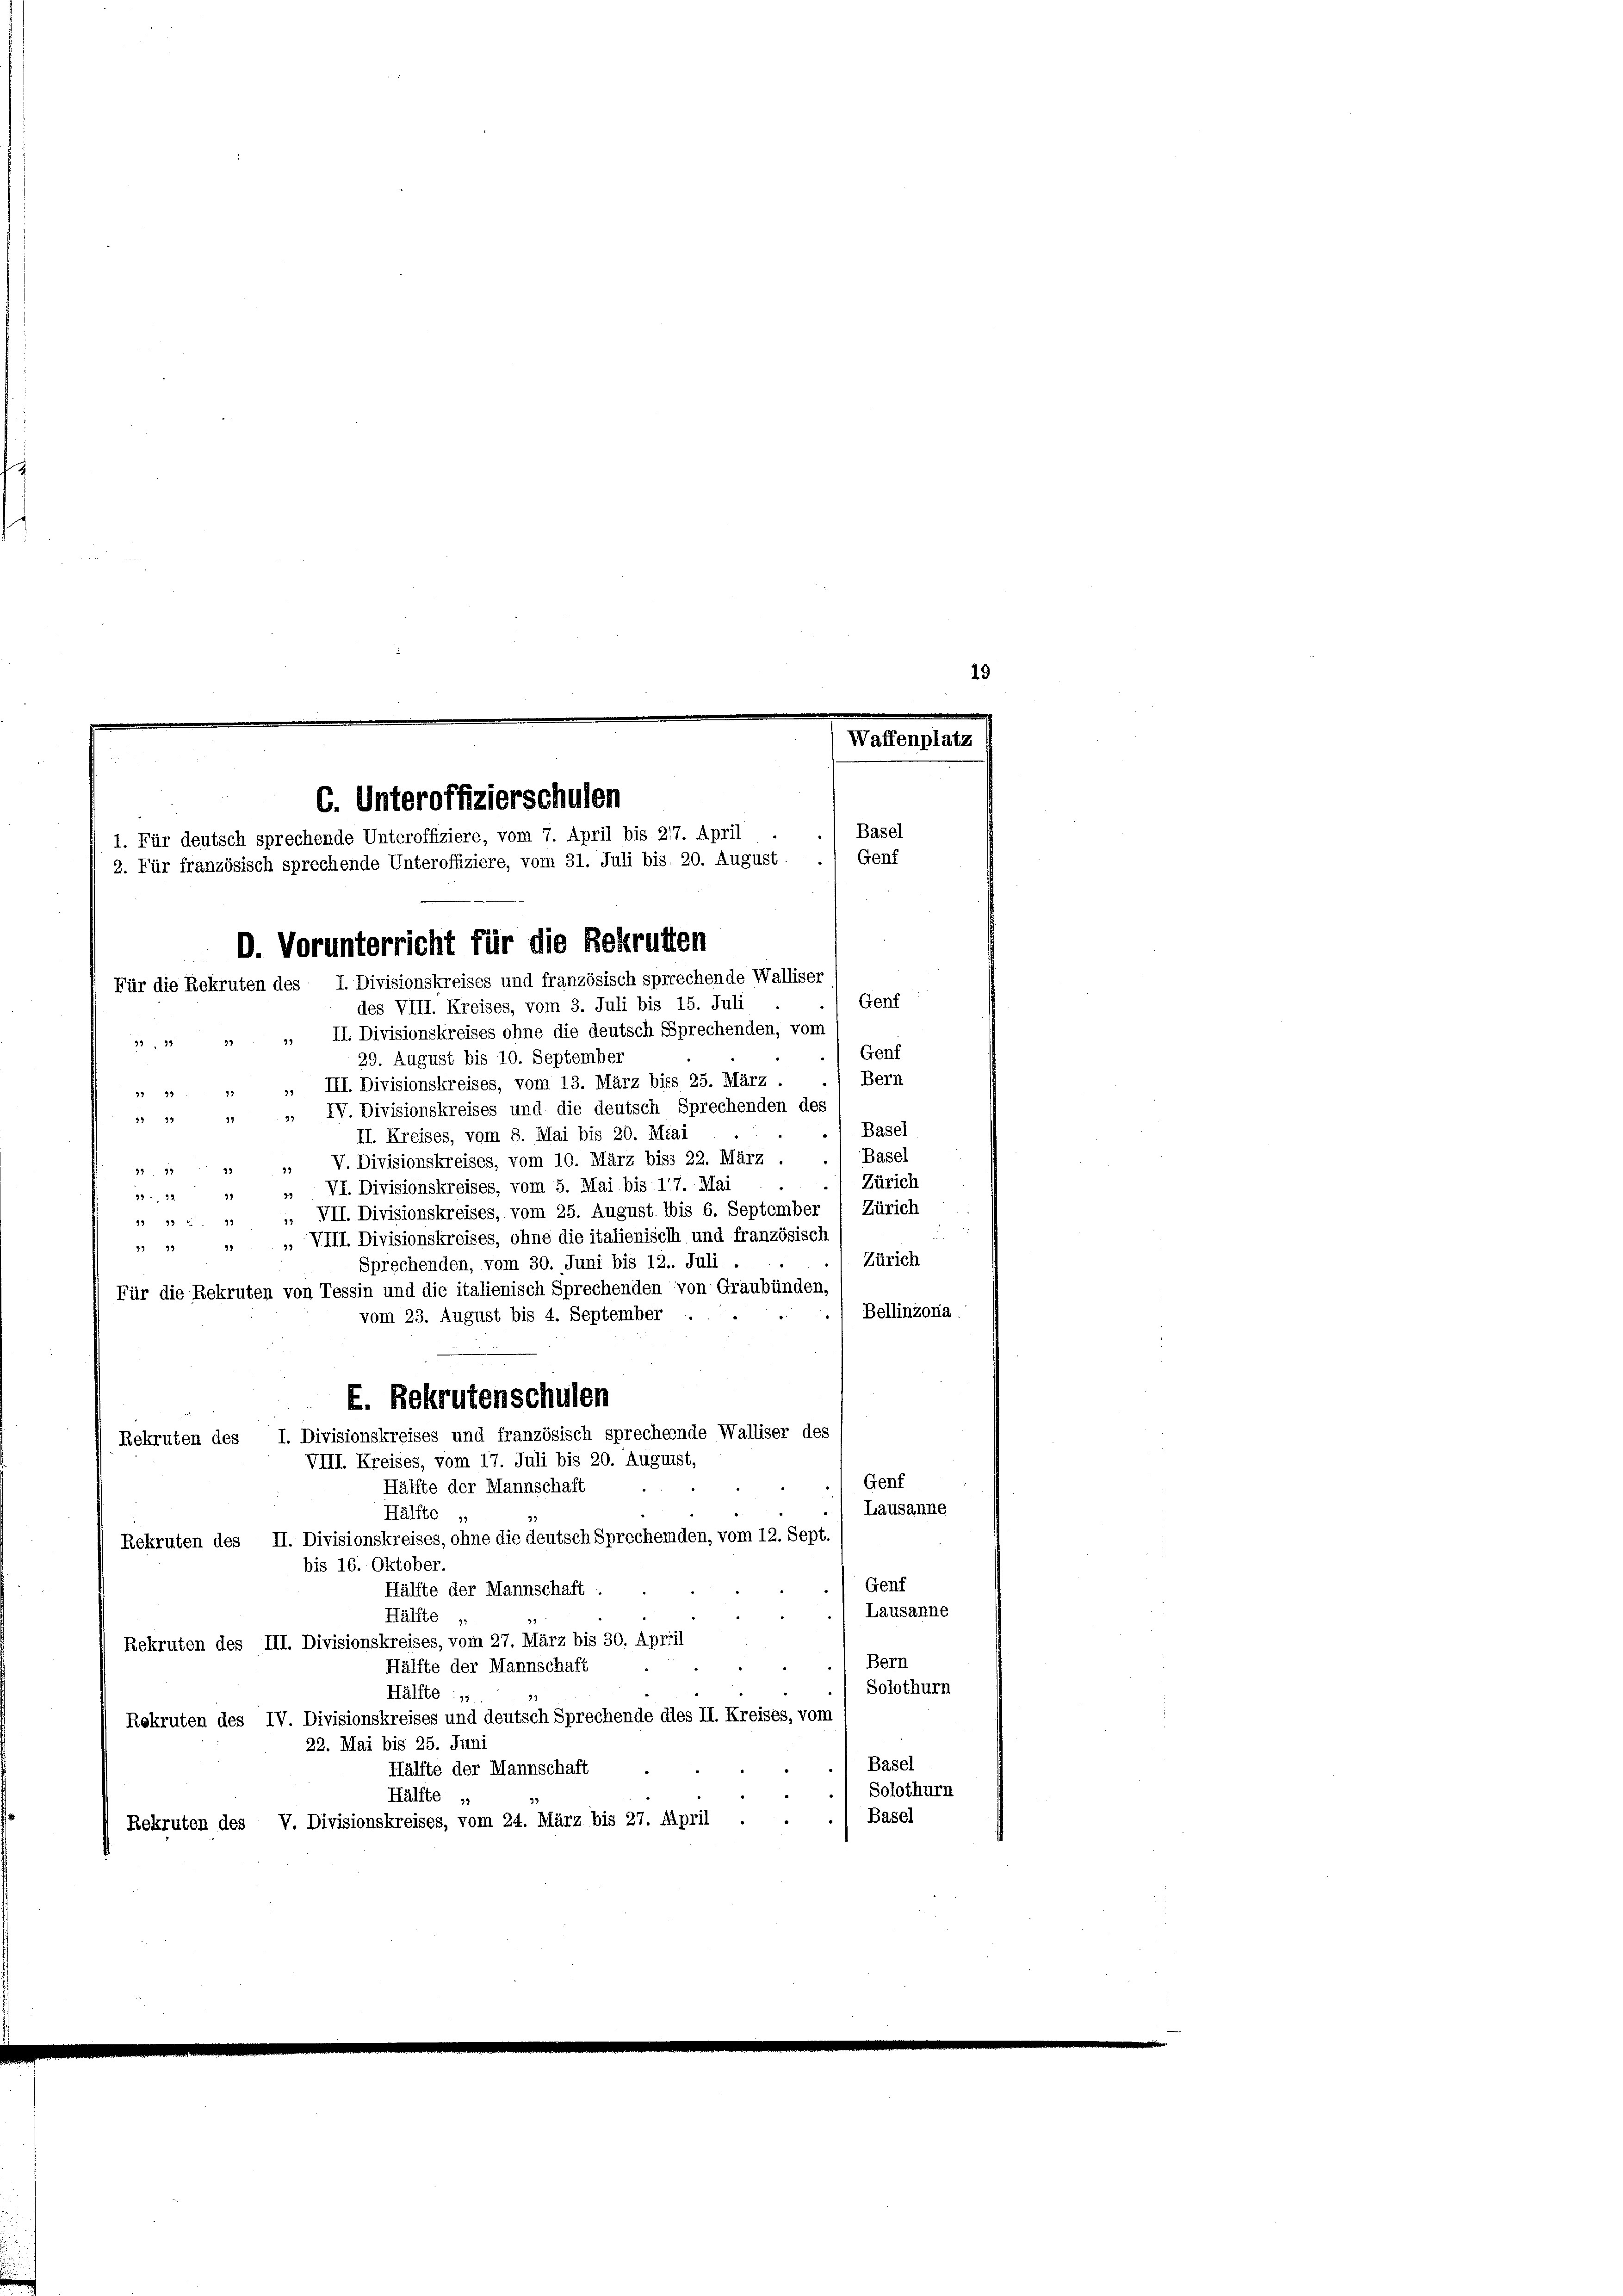
19

6. Unteroffizierschulen
1. Für deutsch sprechende Unteroffiziere, vom 7. April bis 217. April
2. Für französisch sprechende Unteroffiziere, vom 31. Juli bis. 20. August.
D. Vorunterricht für die Rekruften
Für die Rekruten des I. Divisionskreises und französisch sprechende Walliser
des VIII. Kreises, vom 3. Juli bis 15. Juli

Basel
Genf

Genf
II. Divisionskreises ohne die deutsch Sprechenden, vom
95
1311
93
Genf
29. August bis 10. September
Bern
». III. Divisionskreises, vom 13. März biss 25. März.
                      22
» IV. Divisionskreises und die deutsch Sprechenden des
  14
.1 Basel
II. Kreises, vom 8. Mai bis 20. Miai
V. Divisionskreises, vom 10. März biss 22. März . .) Basel
39
8                          29
Zürich
VI. Divisionskreises, vom 5. Mai bis 17. Mai

Zürich
" " " " " VII. Divisionskreises, vom 25. August. bis 6. September
 " " " VIII. Divisionskreises, ohne die italienisch und französisch
Zürich
Sprechenden, vom 30. Juni bis 12. Juli .
Für die Rekruten von Tessin und die italienisch Sprechenden von Graubünden,
Bellinzona
vom 23. August bis 4. September
E. Rekrutenschulen
Rekruten des I. Divisionskreises und französisch sprechende Walliser des
VIII. Kreises, vom 17. Juli bis 20. August,
Genf
Hälfte der Mannschaft
Lausanne
Hälfte „
33
Rekruten des II. Divisionskreises, ohne die deutsch Sprecheiden, vom 12. Sept
bis 16. Oktober.
Genf
Hälfte der Mannschaft
Lausanne
Hälfte „
Rekruten des III. Divisionskreises, vom 27. März bis 30. April
Bern
Hälfte der Mannschaft
Solothurn
Hälfte : „
Rekruten des IV. Divisionskreises und deutsch Sprechende dies II. Kreises, vom
22. Mai bis 25. Juni
Basel
Hälfte der Mannschaft
Solothurn
Hälfte,
Basel
Rekruten des V. Divisionskreises, vom 24. März bis 27. April